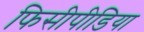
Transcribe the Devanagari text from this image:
फिसीपीडिया